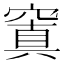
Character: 窴